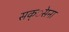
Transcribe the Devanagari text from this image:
सक्ेसना